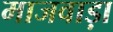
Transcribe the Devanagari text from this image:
माजवाड़ा